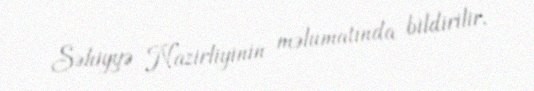
Səhiyyə Nazirliyinin məlumatında bildirilir.